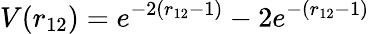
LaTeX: V(r_{12})=e^{-2(r_{12}-1)}-2e^{-(r_{12}-1)}